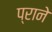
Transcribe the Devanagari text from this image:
प्राने